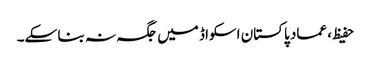
حفیظ، عماد پاکستان اسکواڈ میں جگہ نہ بنا سکے۔